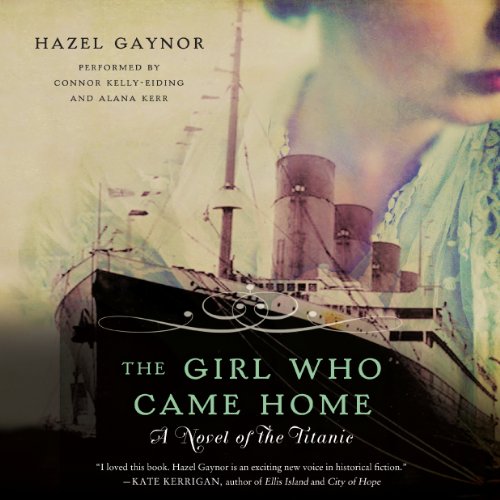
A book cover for The Girl Who Came Home: A Novel of the Titanic; Hazel Gaynor; Romance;